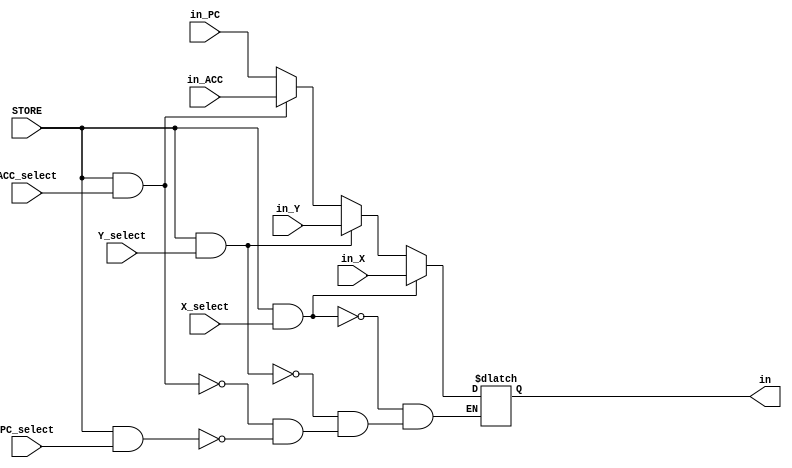
module REG_DM_IN_MUX(
  input [15:0] in_X,
  input [15:0] in_Y,
  input [15:0] in_ACC,
  input [15:0] in_PC,
  input X_select,Y_select,ACC_select,PC_select,STORE,
  output reg [15:0] in
);

//selectam de unde punem datele

always @(*) begin
  if (STORE && X_select) //punem din registrul x
    in <= in_X;
  else if (STORE && Y_select) //punem din registrul y
    in <= in_Y;
  else if (STORE && ACC_select) //punem din acumulator
    in <= in_ACC; 
  else if (STORE && PC_select) //scriem in pc cand facem branch
    in <= in_PC;
end

endmodule